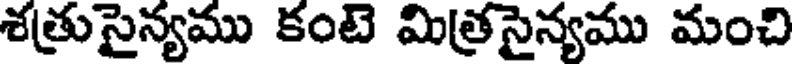
శత్రుసైన్యము కంటె మిత్రసైన్యము మంచి